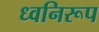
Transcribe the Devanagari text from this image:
ध्वनिरूप